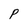
Character: P